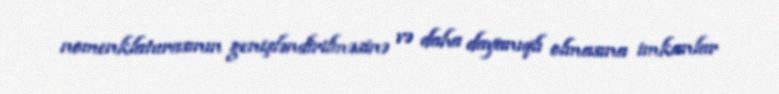
nomenklaturasının genişləndirilməsinə və daha dayanıqlı olmasına imkanlar